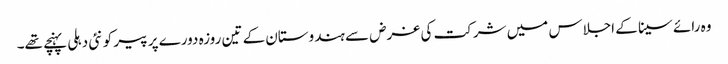
وہ رائے سینا کے اجلاس میں شرکت کی غرض سے ہندوستان کے تین روزہ دورے پر پیر کو نئی دہلی پہنچے تھے۔